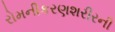
રોમનીકરણશરીરની